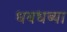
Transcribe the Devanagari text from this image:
धबधब्या